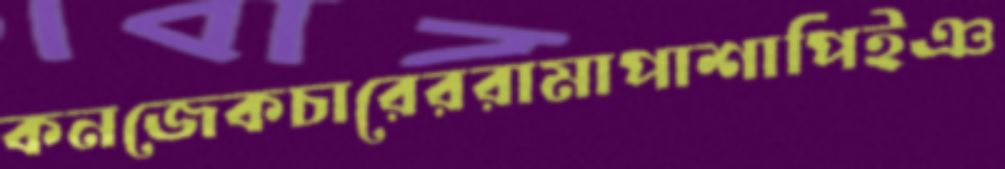
কনজেকচারেররামাপাশাপিইঞ